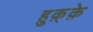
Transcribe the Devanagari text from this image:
हुक़्क़े